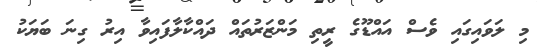
މި ލަވައިގައި ވެސް އައްޑޫގެ ރީތި މަންޒަރުތައް ދައްކާލާފައިވާ އިރު ގިނަ ބަޔަކު